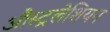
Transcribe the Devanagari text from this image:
औस्ट्रलेशियन